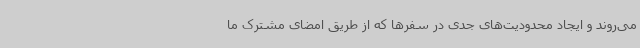
می‌روند و ایجاد محدودیت‌های جدی در سفرها که از طریق امضای مشترک ما